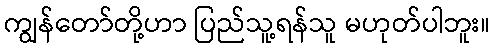
ကျွန်တော်တို့ဟာ ပြည်သူ့ရန်သူ မဟုတ်ပါဘူး။